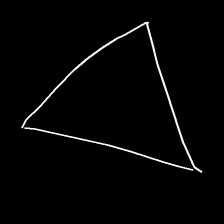
Glyph: convergence